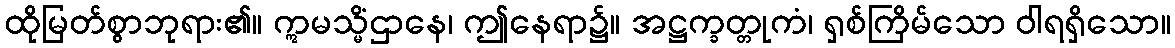
ထိုမြတ်စွာဘုရား၏။ ဣမသ္မိံဌာနေ၊ ဤနေရာ၌။ အဋ္ဌက္ခတ္တုကံ၊ ရှစ်ကြိမ်သော ဝါရရှိသော။